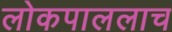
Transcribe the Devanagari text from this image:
लोकपाललाच